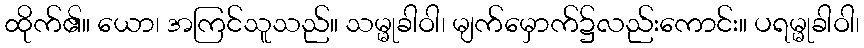
ထိုက်၏။ ယော၊ အကြင်သူသည်။ သမ္မုခါဝါ၊ မျက်မှောက်၌လည်းကောင်း။ ပရမ္မုခါဝါ၊